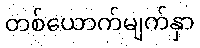
တစ်ယောက်မျက်နှာ